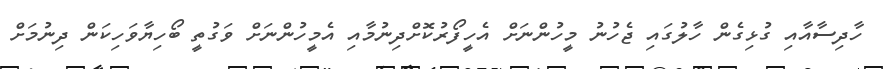
ހާދިސާއާއި ގުޅިގެން ހާލުގައި ޖެހުނު މީހުންނަށް އެހީފޯރުކޮށްދިނުމާއި އެމީހުންނަށް ވަގުތީ ބޯހިޔާވަހިކަން ދިނުމަށް